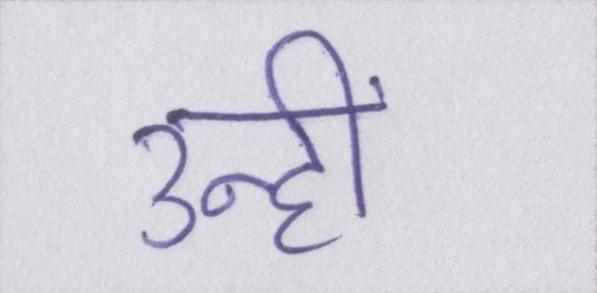
उन्हीं